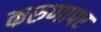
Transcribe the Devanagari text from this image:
करुणापर